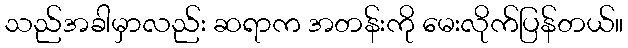
သည်အခါမှာလည်း ဆရာက အတန်းကို မေးလိုက်ပြန်တယ်။